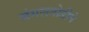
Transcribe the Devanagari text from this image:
जंगलतोडीने